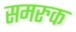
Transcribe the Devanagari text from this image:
समरुक